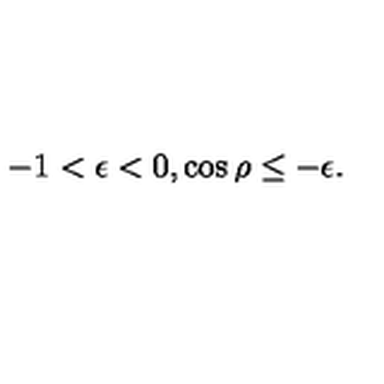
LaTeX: - 1 < \epsilon < 0 , \cos \rho \le - \epsilon .